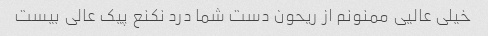
خیلی عالیی ممنونم از ریحون دست شما درد نکنع پیک عالی بیست